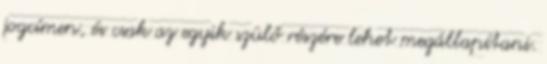
jogcímen, és csak az egyik szülő részére lehet megállapítani.